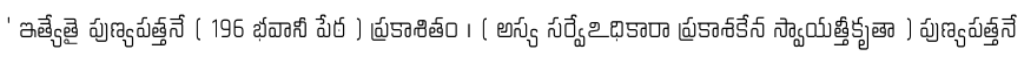
' ఇత్యేతై పుణ్యపత్తనే ( 196 భవానీ పేఠ ) ప్రకాశితం । ( అస్య సర్వేఽధికారా ప్రకాశకేన స్వాయత్తీకృతా ) పుణ్యపత్తనే